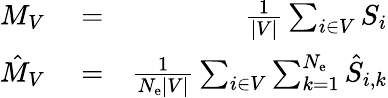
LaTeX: \begin{array}{rlr}{M_{V}}&{{}=}&{\frac{1}{|V|}\sum_{i\in V}S_{i}}\\ {\hat{M}_{V}}&{{}=}&{\frac{1}{N_{\mathrm{e}}|V|}\sum_{i\in V}\sum_{k=1}^{N_{\mathrm{e}}}\hat{S}_{i,k}}\end{array}